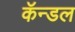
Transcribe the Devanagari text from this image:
कॅन्डल